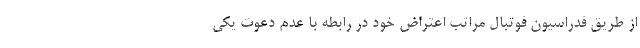
از طریق فدراسیون فوتبال مراتب اعتراض خود در رابطه با عدم دعوت یکی